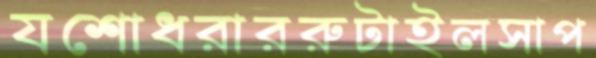
যশোধরাররুটাইলসাপ